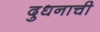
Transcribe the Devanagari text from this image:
दुधनाची